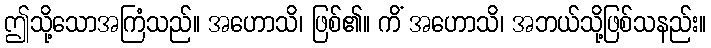
ဤသို့သောအကြံသည်။ အဟောသိ၊ ဖြစ်၏။ ကိံ အဟောသိ၊ အဘယ်သို့ဖြစ်သနည်း။